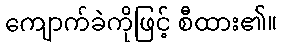
ကျောက်ခဲကိုဖြင့် စီထား၏။